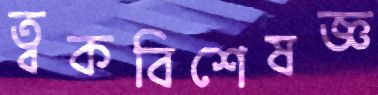
ত্বকবিশেষজ্ঞ